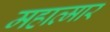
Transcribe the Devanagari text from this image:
महात्मार